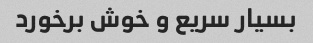
بسیار سریع و خوش برخورد